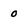
Character: 0